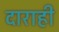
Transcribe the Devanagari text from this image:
दाराही